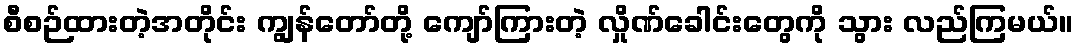
စီစဉ်ထားတဲ့အတိုင်း ကျွန်တော်တို့ ကျော်ကြားတဲ့ လှိုဏ်ခေါင်းတွေကို သွား လည်ကြမယ်။